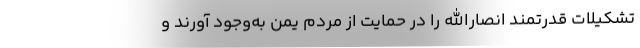
تشکیلات قدرتمند انصارالله را در حمایت از مردم یمن به‌وجود آورند و